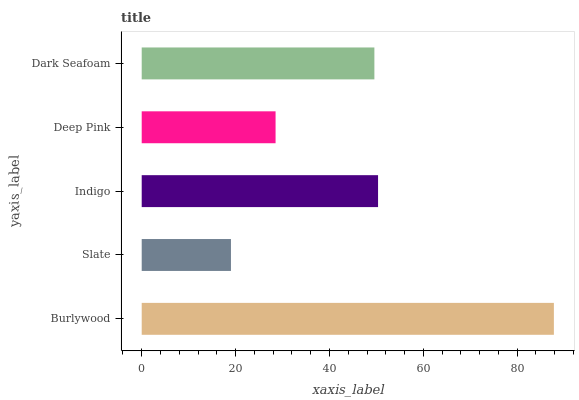
| yaxis_label | bars |
 | --- | --- |
 | Burlywood | 87.8 |
 | Slate | 19 |
 | Indigo | 50.4 |
 | Deep Pink | 28.5 |
 | Dark Seafoam | 49.6 |